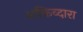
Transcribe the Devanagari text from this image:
शक्तिव्दारा